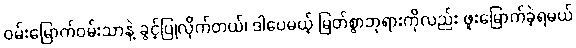
ဝမ်းမြောက်ဝမ်းသာနဲ့ ခွင့်ပြုလိုက်တယ်၊ ဒါပေမယ့် မြတ်စွာဘုရားကိုလည်း ဖူးမြောက်ခဲ့ရမယ်